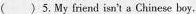
( )5. My friend isn't a Chinese boy,